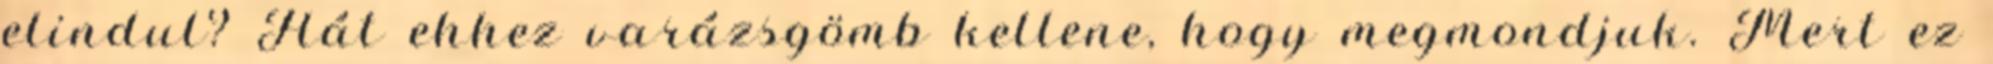
elindul? Hát ehhez varázsgömb kellene, hogy megmondjuk. Mert ez